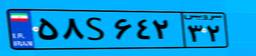
۵۸S۶۴۲۳۲